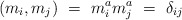
\begin{align*}(m_i, m_j) \ = \ m^a_i m^a_j \ = \ \delta_{ij}\end{align*}